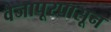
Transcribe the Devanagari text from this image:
वैजापूरपासून